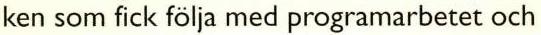
ken som fick följa med programarbetet och